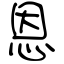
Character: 恩